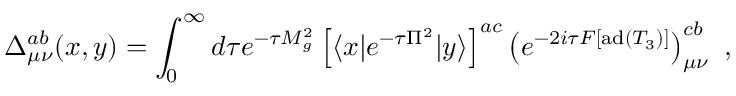
\Delta _ { \mu \nu } ^ { a b } ( x , y ) = \int _ { 0 } ^ { \infty } d { \tau } e ^ { - \tau M _ { g } ^ { 2 } } \left[ \langle x | e ^ { - \tau \Pi ^ { 2 } } | y \rangle \right] ^ { a c } \left( e ^ { - 2 i \tau { \cal F } [ \mathrm { a d } ( T _ { 3 } ) ] } \right) _ { \mu \nu } ^ { c b } \ ,